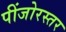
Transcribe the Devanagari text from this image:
पींजोरस्तर